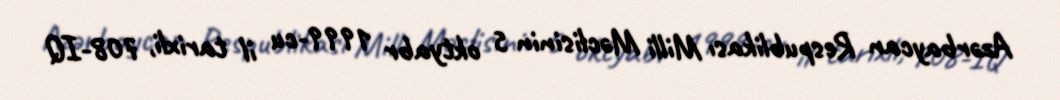
Azərbaycan Respublikası Milli Məclisinin 5 oktyabr 1999-cu il tarixli, 708-IQ